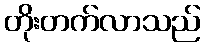
တိုးတက်လာသည်